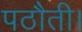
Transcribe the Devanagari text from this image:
पठौती।